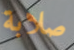
صلابة